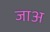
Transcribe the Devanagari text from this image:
जाअ